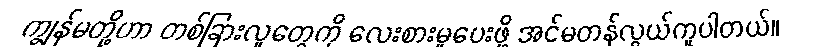
ကျွန်မတို့ဟာ တစ်ခြားလူတွေကို လေးစားမှုပေးဖို့ အင်မတန်လွယ်ကူပါတယ်။